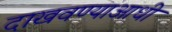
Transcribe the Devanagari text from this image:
दाखवण्याआधी